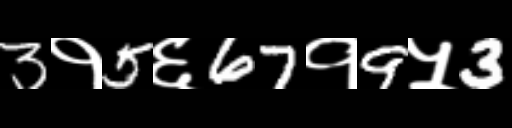
Text: 3१5६67१9५3